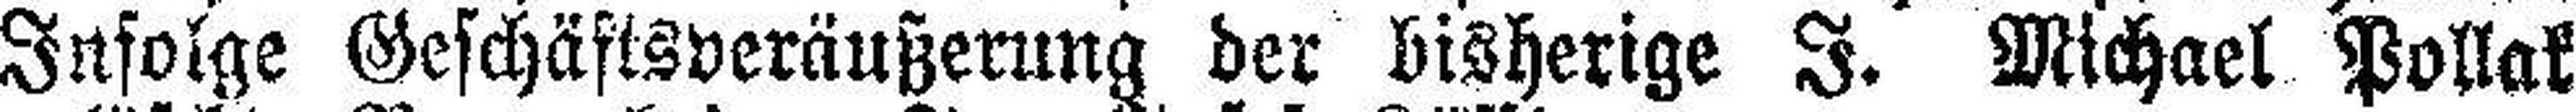
Infolge Geschästsveräußerung der bisherige I. Michael Pollak